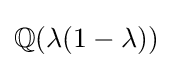
\mathbb {Q} (\lambda (1-\lambda ))